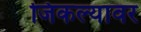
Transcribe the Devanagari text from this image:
जिकल्यावर